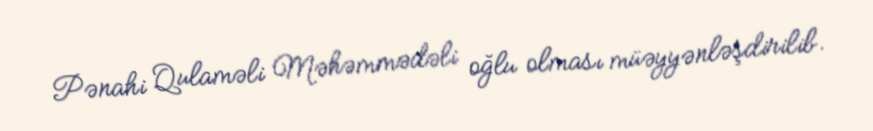
Pənahi Qulaməli Məhəmmədəli oğlu olması müəyyənləşdirilib.